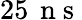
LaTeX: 25\, \mathrm{~n~s~}